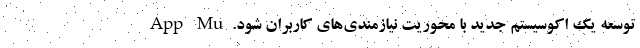
توسعه یک اکوسیستم جدید با محوریت نیازمندی‌های کاربران شود. App Mu